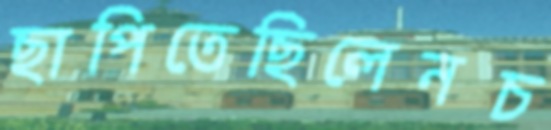
ছাপিতেছিলেনচ